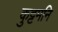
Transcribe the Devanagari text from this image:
कुट्टमनि